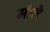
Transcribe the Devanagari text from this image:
मीले